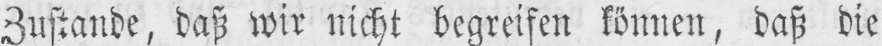
Zustande, daß wir nicht begreifen können, daß die